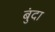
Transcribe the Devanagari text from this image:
बुंदा